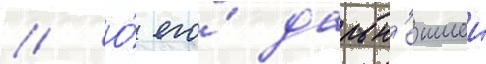
// О́ его́ дальн'еишеи